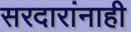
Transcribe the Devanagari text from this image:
सरदारांनाही